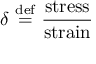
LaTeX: \delta \ { \stackrel { \mathrm { d e f } } { = } } \ { \frac { \mathrm { s t r e s s } } { \mathrm { s t r a i n } } }